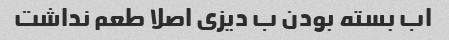
اب بسته بودن ب دیزی اصلا طعم نداشت